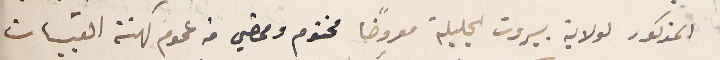
المذكور لولاية بيروت الجليلة معروضًا مختوم وممضي من عموم كهنة القبيات